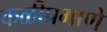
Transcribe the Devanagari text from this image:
कळीप्रमाणे